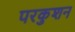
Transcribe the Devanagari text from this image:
परकुशन